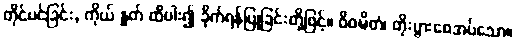
တိုင်ပင်ခြင်း, ကိုယ် နှုတ် ထိပါး၍ ခိုက်ရန်ပြုခြင်းတို့ဖြင့်။ ဝိဝဍ္ဎိတံ၊ တိုးပွားစေအပ်သော။